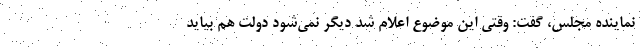
نماینده مجلس، گفت: وقتی این موضوع اعلام شد دیگر نمی‌شود دولت هم بیاید